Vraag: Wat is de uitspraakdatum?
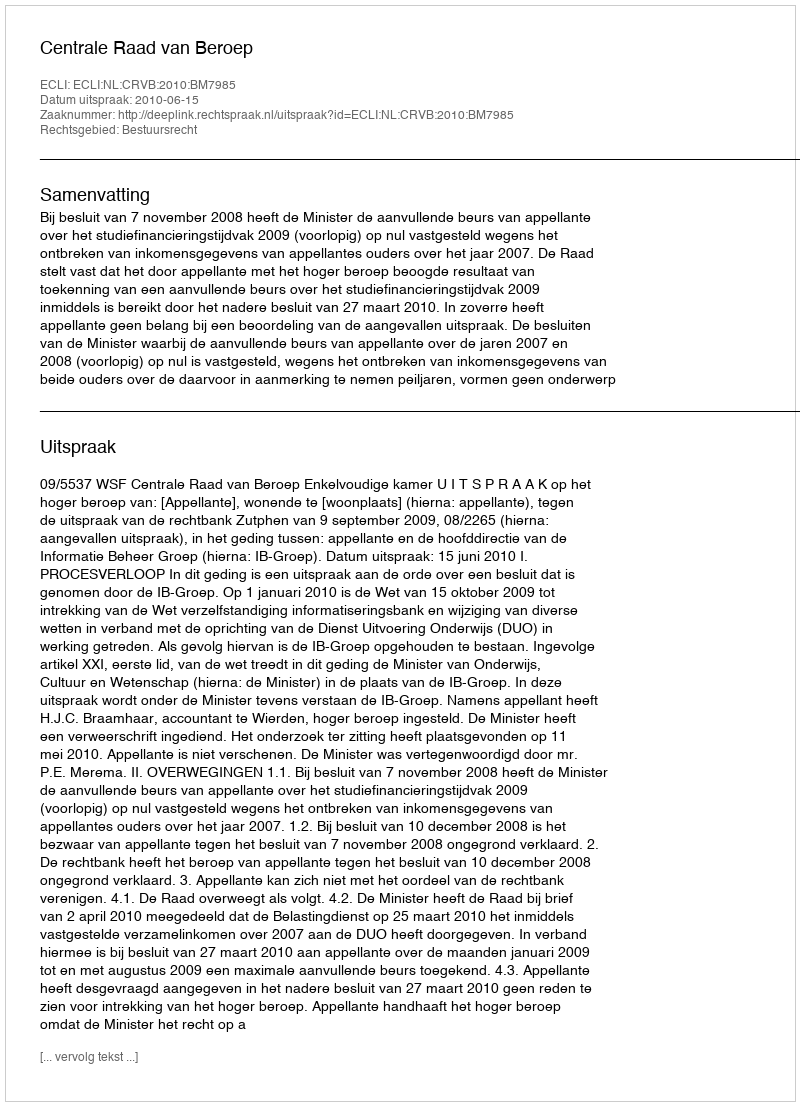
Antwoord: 2010-06-15